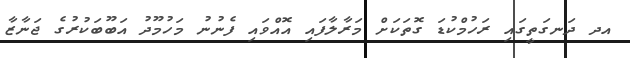
އދ ދަނގަތީގައި ރަހުމްކުޑަ ގޮތަކަށް މަރާލާފައި އޮއްވައި ފެނުނު މަހުމޫދު އަބޫބަކުރުގެ ޖަނާޒާ